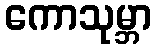
ကောသုမ္ဘာ